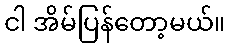
ငါ အိမ်ပြန်တော့မယ်။